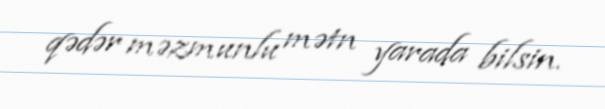
qədər məzmunlu mətn yarada bilsin.